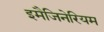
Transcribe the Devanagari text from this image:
इमैजिनेरियम